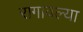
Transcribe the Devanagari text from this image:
रागावल्या